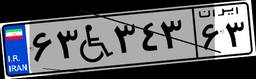
۶۳W۳۴۳۶۳